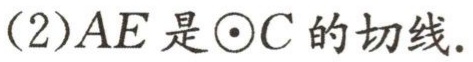
(2)$AE是\odot C的切线.$